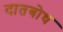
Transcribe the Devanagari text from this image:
दातबोध